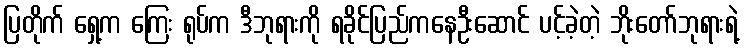
ပြတိုက် ရှေ့က ကြေး ရုပ်က ဒီဘုရားကို ရခိုင်ပြည်ကနေဦးဆောင် ပင့်ခဲ့တဲ့ ဘိုးတော်ဘုရားရဲ့